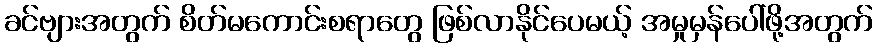
ခင်ဗျားအတွက် စိတ်မကောင်းစရာတွေ ဖြစ်လာနိုင်ပေမယ့် အမှုမှန်ပေါ်ဖို့အတွက်